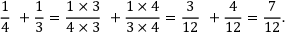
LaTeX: { \frac { 1 } { 4 } } \ + { \frac { 1 } { 3 } } = { \frac { 1 \times 3 } { 4 \times 3 } } \ + { \frac { 1 \times 4 } { 3 \times 4 } } = { \frac { 3 } { 1 2 } } \ + { \frac { 4 } { 1 2 } } = { \frac { 7 } { 1 2 } } .